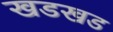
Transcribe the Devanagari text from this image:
खडखड